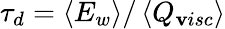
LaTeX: \tau_{d}=\left<E_{w}\right>/\left<Q_{\mathbf{v}isc}\right>